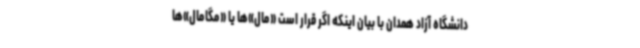
دانشگاه آزاد همدان با بیان اینکه اگر قرار است «مال»‌ها یا «مگامال»‌ها